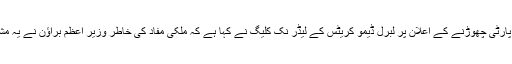
گورڈن براؤن کے پارٹی چھوڑنے کے اعلان پر لبرل ڈیمو کریٹس کے لیڈر نک کلیگ نے کہا ہے کہ ملکی مفاد کی خاطر وزیر اعظم براؤن نے یہ مشکل فیصلہ کیا ہے۔